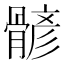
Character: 𩩷